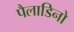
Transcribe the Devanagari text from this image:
पैलाडिनो